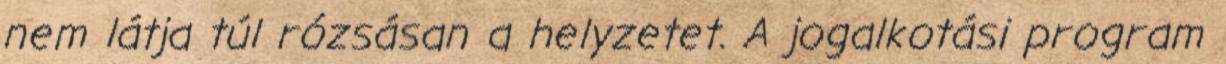
nem látja túl rózsásan a helyzetet. A jogalkotási program